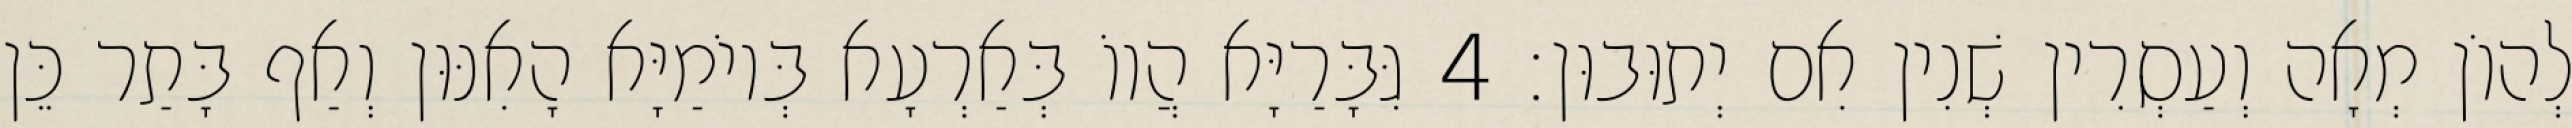
לְהוֹן מְאָה וְעַסְרִין שְׁנִין אִם יְתוּבוּן׃ 4 גִּבָּרַיָּא הֲווֹ בְּאַרְעָא בְּיוֹמַיָּא הָאִנּוּן וְאַף בָּתַר כֵּן